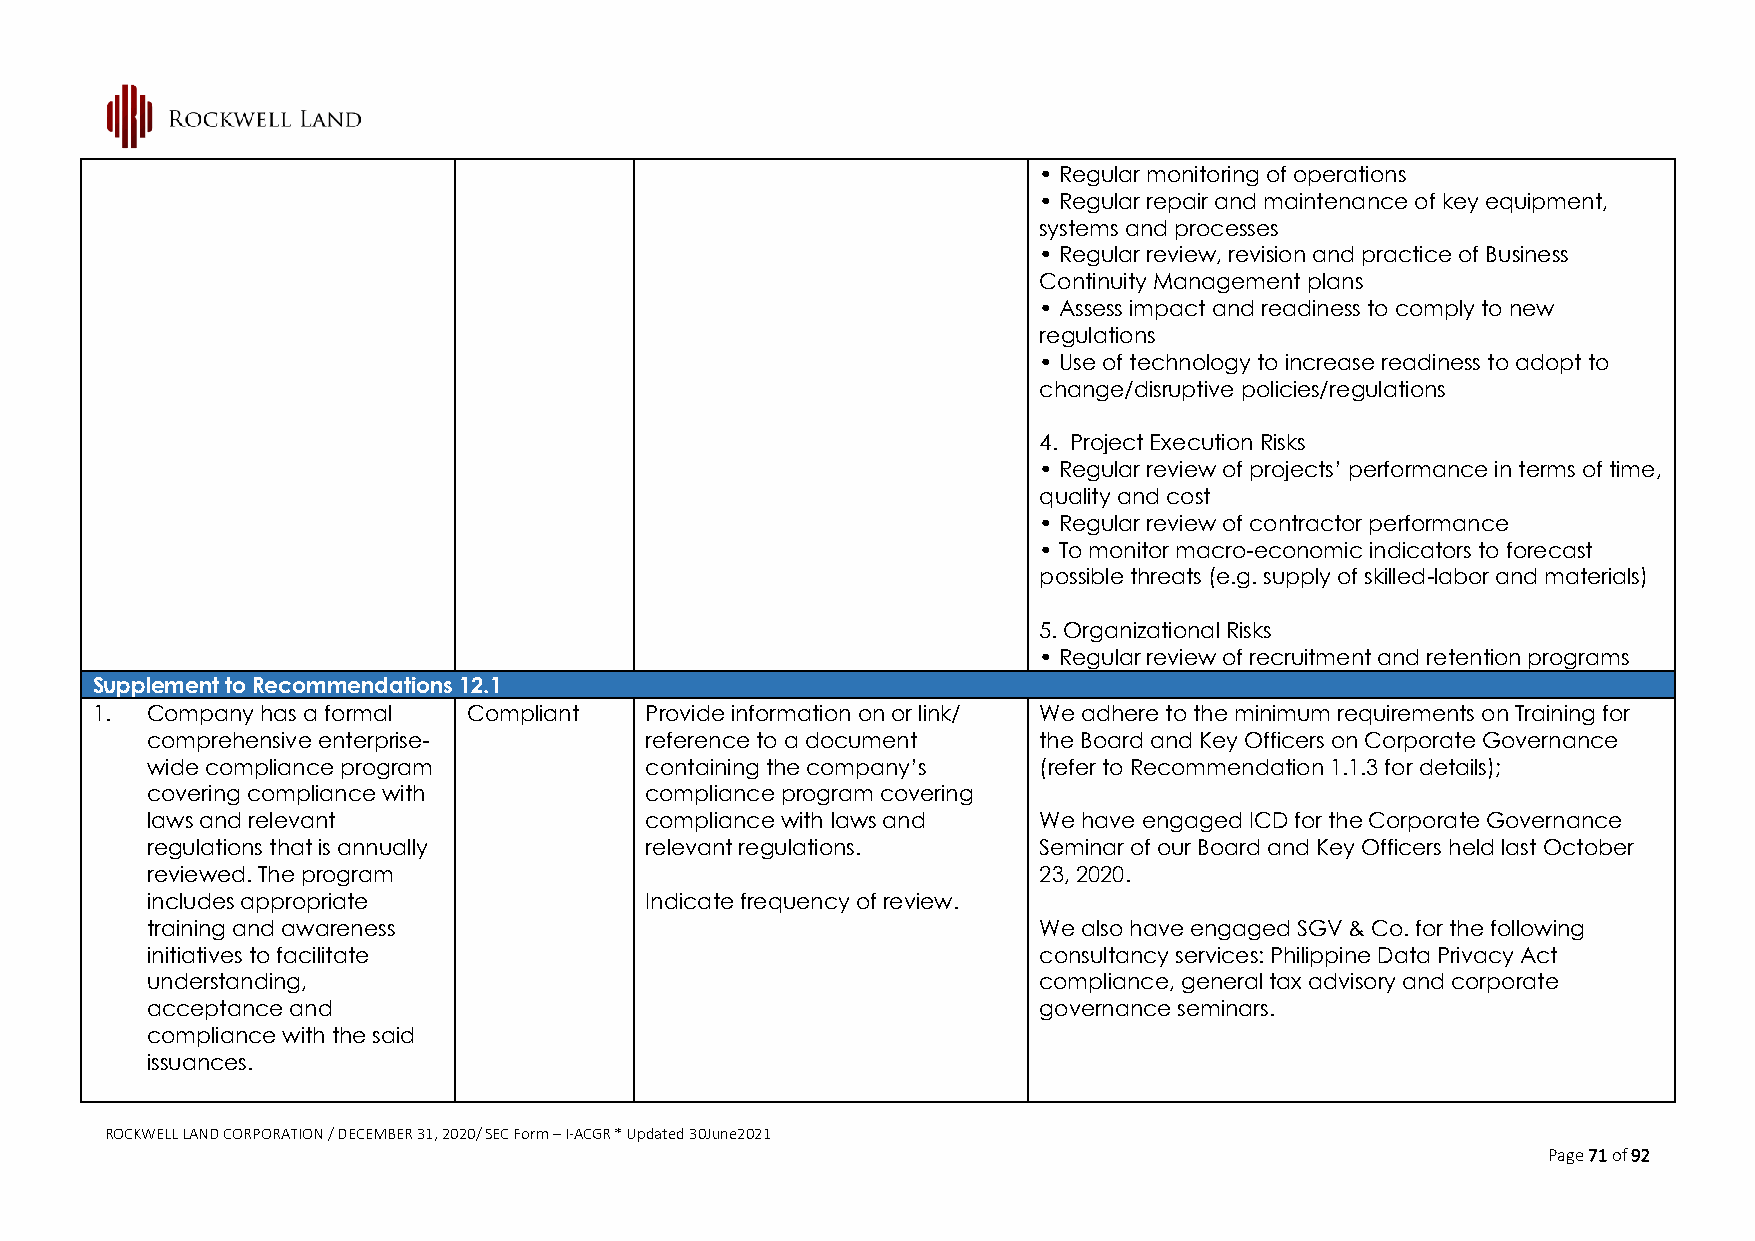
• Regular monitoring of operations
 • Regular repair and maintenance of key equipment,
 systems and processes
 • Regular review, revision and practice of Business
 Continuity Management plans
 • Assess impact and readiness to comply to new
 regulations
 • Use of technology to increase readiness to adopt to
 change/disruptive policies/regulations
 4. Project Execution Risks
 • Regular review of projects’ performance in terms of time,
 quality and cost
 • Regular review of contractor performance
 • To monitor macro-economic indicators to forecast
 possible threats (e.g. supply of skilled-labor and materials)
 5. Organizational Risks
 • Regular review of recruitment and retention programs
 Supplement to Recommendations 12.1
 1.  Company has a formal Compliant   Provide information on or link/ We adhere to the minimum requirements on Training for
 comprehensive enterprise-        reference to a document   the Board and Key Officers on Corporate Governance
 wide compliance program          containing the company’s  (refer to Recommendation 1.1.3 for details);
 covering compliance with         compliance program covering
 laws and relevant                compliance with laws and  We have engaged ICD for the Corporate Governance
 regulations that is annually     relevant regulations.     Seminar of our Board and Key Officers held last October
 reviewed. The program                                      23, 2020.
 includes appropriate             Indicate frequency of review.
 training and awareness                                     We also have engaged SGV & Co. for the following
 initiatives to facilitate                                  consultancy services: Philippine Data Privacy Act
 understanding,                                             compliance, general tax advisory and corporate
 acceptance and                                             governance seminars.
 compliance with the said
 issuances.
 ROCKWELL LAND CORPORATION / DECEMBER 31, 2020/ SEC Form – I-ACGR * Updated 30June2021
 Page 71 of 92